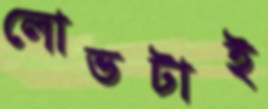
লোভটাই